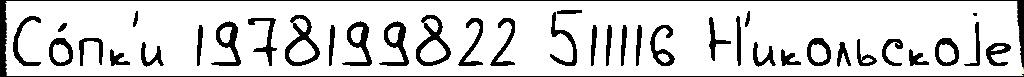
Со́пк'и 1978199822 511116 Н'икольскоjе